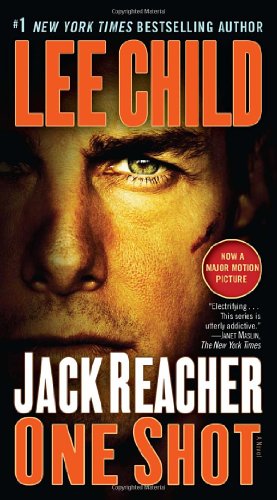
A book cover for One Shot (Jack Reacher); Lee Child; Mystery, Thriller & Suspense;